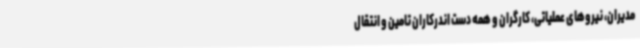
مدیران، نیروهای عملیاتی، کارگران و همه دست اندرکاران تامین و انتقال